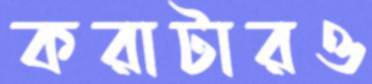
করাটারও